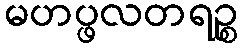
မဟပ္ဖလတရဉ္စ